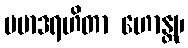
ပမာဒရဟိတာ ဟောန္တု၊